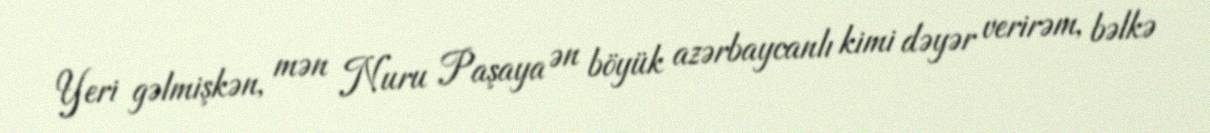
Yeri gəlmişkən, mən Nuru Paşaya ən böyük azərbaycanlı kimi dəyər verirəm, bəlkə